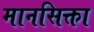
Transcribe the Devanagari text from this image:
मानसिक्ता